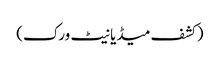
(کشف میڈیا نیٹ ورک)